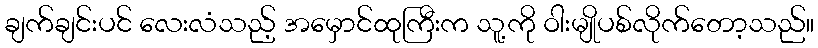
ချက်ချင်းပင် လေးလံသည့် အမှောင်ထုကြီးက သူ့ကို ဝါးမျိုပစ်လိုက်တော့သည်။